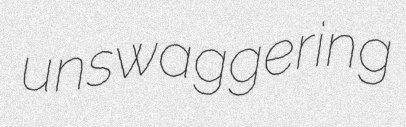
unswaggering